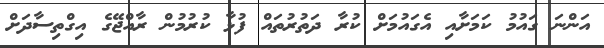
އަންނަ ގައުމު ކަމަށާއި އެގައުމަށް ކުރާ ދަތުރުތައް ފުޅާ ކުރުމުން ރާއްޖޭގެ އިގްތިސާދަށް